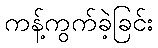
ကန့်ကွက်ခဲ့ခြင်း